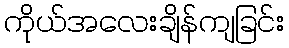
ကိုယ်အလေးချိန်ကျခြင်း